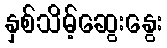
နှစ်သိမ့်ဆွေးနွေး